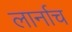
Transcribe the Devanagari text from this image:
लार्नाच